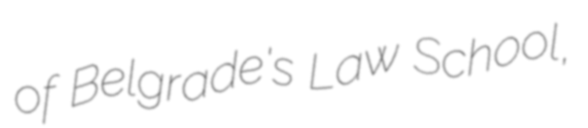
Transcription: of Belgrade's Law School,